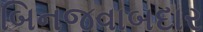
બિનજવાબદાર